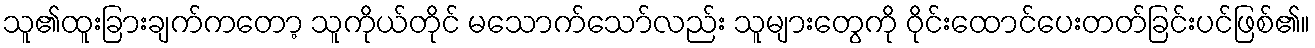
သူ၏ထူးခြားချက်ကတော့ သူကိုယ်တိုင် မသောက်သော်လည်း သူများတွေကို ဝိုင်းထောင်ပေးတတ်ခြင်းပင်ဖြစ်၏။